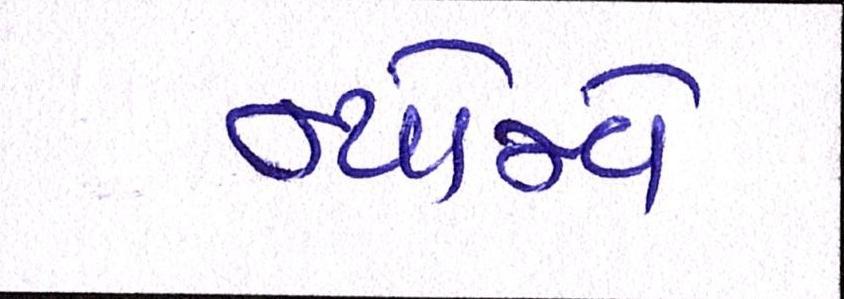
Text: ન્યોમ્વે